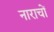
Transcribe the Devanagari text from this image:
नाराचों